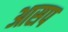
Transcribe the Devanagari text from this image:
आसप